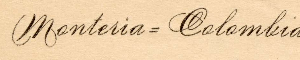
Monteria = Colombia